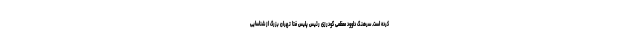
کرده است. سرهنگ داوود معظمی گودرزی رئیس پلیس فتا تهران بزرگ از شناسایی